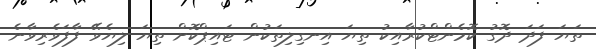
ތަޔަ ފަދަ ދޮގު ކޮމެންޓްކުރާއިކު ތިޔަ އިނގިލިތަކުން ޓައިޕްކޮށް ތިޔަ ލިޔެވޭ ފާފަވެރިވާނެ